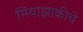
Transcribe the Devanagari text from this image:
मियाझाकीचे